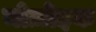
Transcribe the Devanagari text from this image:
मोज़ोइक